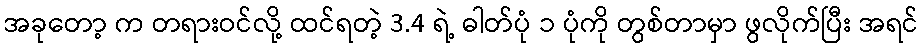
အခုတော့ က တရားဝင်လို့ ထင်ရတဲ့ 3.4 ရဲ့ ဓါတ်ပုံ ၁ ပုံကို တွစ်တာမှာ ဖွလိုက်ပြီး အရင်